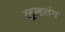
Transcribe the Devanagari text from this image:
स्‍ट्राहलंग